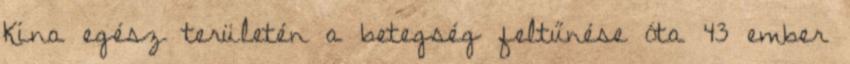
Kína egész területén a betegség feltűnése óta 43 ember